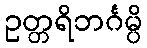
ဥတ္တရိဘင်္ဂမ္ပိ